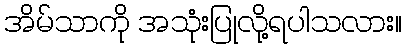
အိမ်သာကို အသုံးပြုလို့ရပါသလား။